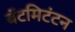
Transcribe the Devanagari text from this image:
बॅटमिटंटन